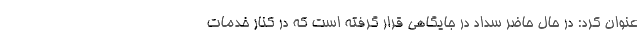
عنوان کرد: در حال حاضر سداد در جایگاهی قرار گرفته است که در کنار خدمات